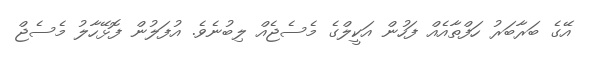
އޭގެ ބަރާބަރު ހަފްތާއެއް ފަހުން އަކީލްގެ މެސެޖެއް ލިބުނެވެ. އުފަލުން ފޮޅޭހާލު މެސެޖް